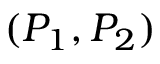
( P _ { 1 } , P _ { 2 } )